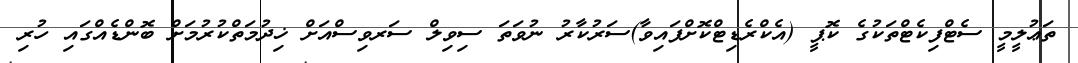
ތަޢުލީމީ ސެޓްފިކެޓްތަކުގެ ކޮޕީ (އެކްރެޑިޓްކޮށްފައިވާ)ސަރުކާރު ނުވަތަ ސިވިލް ސަރވިސްއަށް ޚިދުމަތްކުރުމަށް ބޮންޑެއްގައި ހުރި